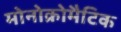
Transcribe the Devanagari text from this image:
मोनोक्रोमैटिक